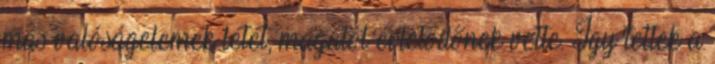
más valóságelemek létét, magától értetődőnek vette. Így tettek a